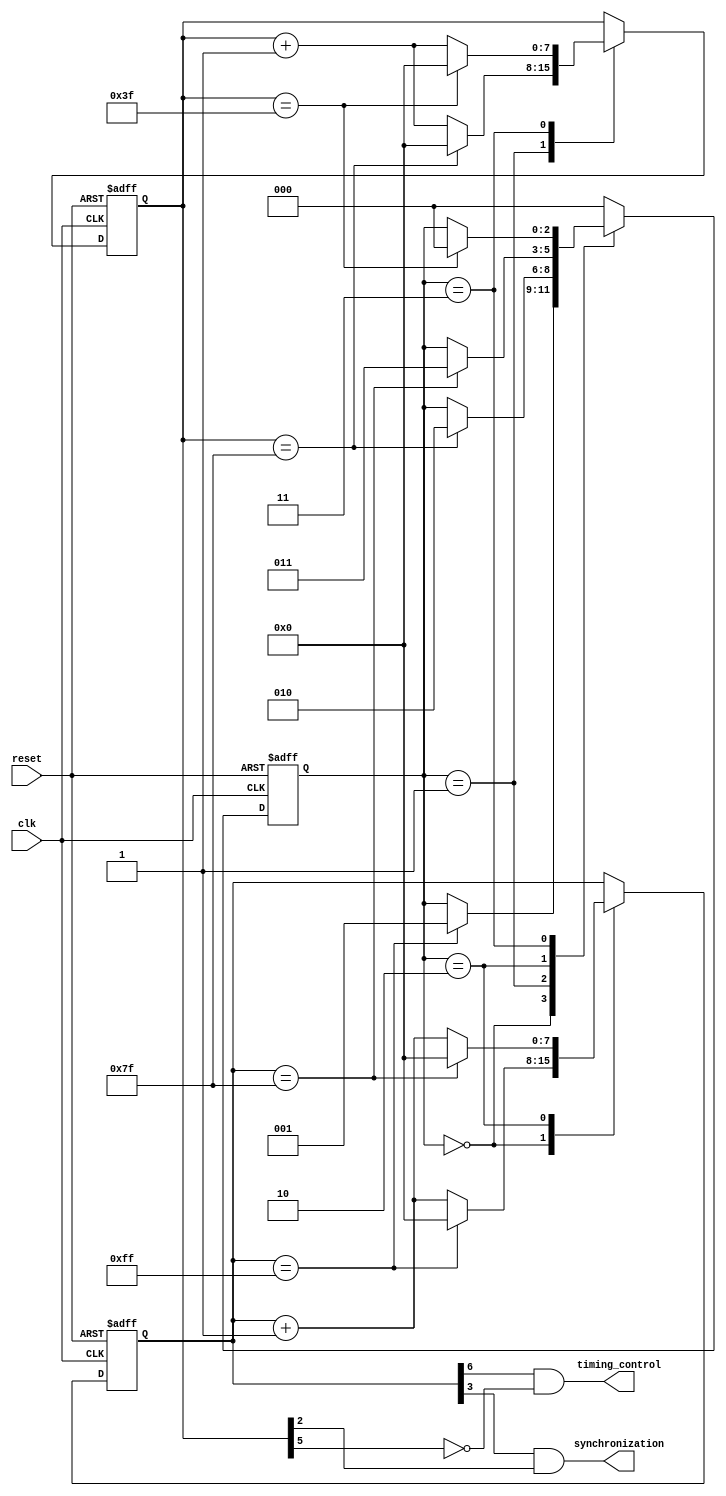
module multirate_timer(
    input wire clk,
    input wire reset,
    output reg timing_control,
    output reg synchronization
);

reg [7:0] counter1;
reg [7:0] counter2;
reg [2:0] state;

always @(posedge clk or posedge reset) begin
    if (reset) begin
        counter1 <= 8'b0;
        counter2 <= 8'b0;
        state <= 3'b000;
    end else begin
        case (state)
            3'b000: begin
                if (counter1 == 8'd255) begin
                    counter1 <= 8'b0;
                    state <= 3'b001;
                end else begin
                    counter1 <= counter1 + 1;
                end
            end
            3'b001: begin
                if (counter2 == 8'd127) begin
                    counter2 <= 8'b0;
                    state <= 3'b010;
                end else begin
                    counter2 <= counter2 + 1;
                end
            end
            3'b010: begin
                if (counter1 == 8'd127) begin
                    counter1 <= 8'b0;
                    state <= 3'b011;
                end else begin
                    counter1 <= counter1 + 1;
                end
            end
            3'b011: begin
                if (counter2 == 8'd63) begin
                    counter2 <= 8'b0;
                    state <= 3'b000;
                end else begin
                    counter2 <= counter2 + 1;
                end
            end
            default: state <= 3'b000;
        endcase
    end
end

assign timing_control = (counter1[6] & ~counter2[5]);
assign synchronization = (counter1[3] & counter2[2]);

endmodule